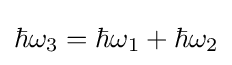
\hbar \omega _{3}=\hbar \omega _{1}+\hbar \omega _{2}